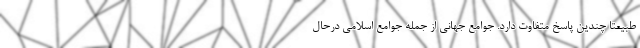
طبیعتا چندین پاسخ متفاوت دارد. جوامع جهانی از جمله جوامع اسلامی درحال